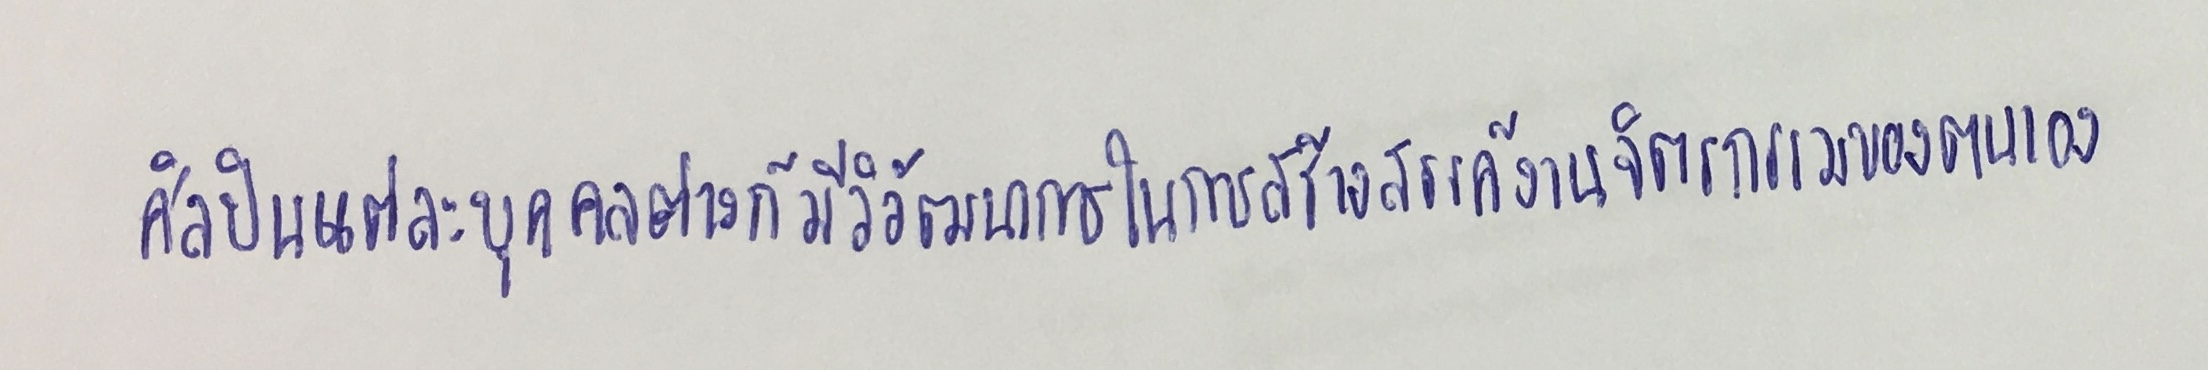
ศิลปินแต่ละบุคคลต่างก็มีวิวัฒนาการในการสร้างสรรค์งานจิตรกรรมของตนเอง